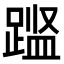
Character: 𨃎